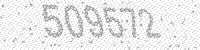
Solution: 509572